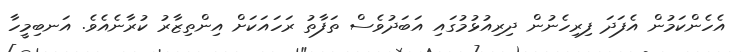
އެހެންކަމުން އެފަދަ ފިރިހެނުން ދިރިއުޅުމުގައި އަބަދުވެސް ތަފާތު ރަހައަކަށް އިންތިޒާރު ކުރާނެއެވެ. އަނބިމީހާ